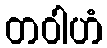
တဝါဟံ